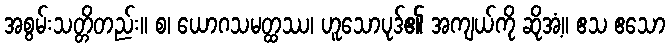
အစွမ်းသတ္တိတည်း။ စ၊ ယောဂသမတ္ထဿ၊ ဟူသောပုဒ်၏ အကျယ်ကို ဆိုအံ့။ ဧသ ဧသော